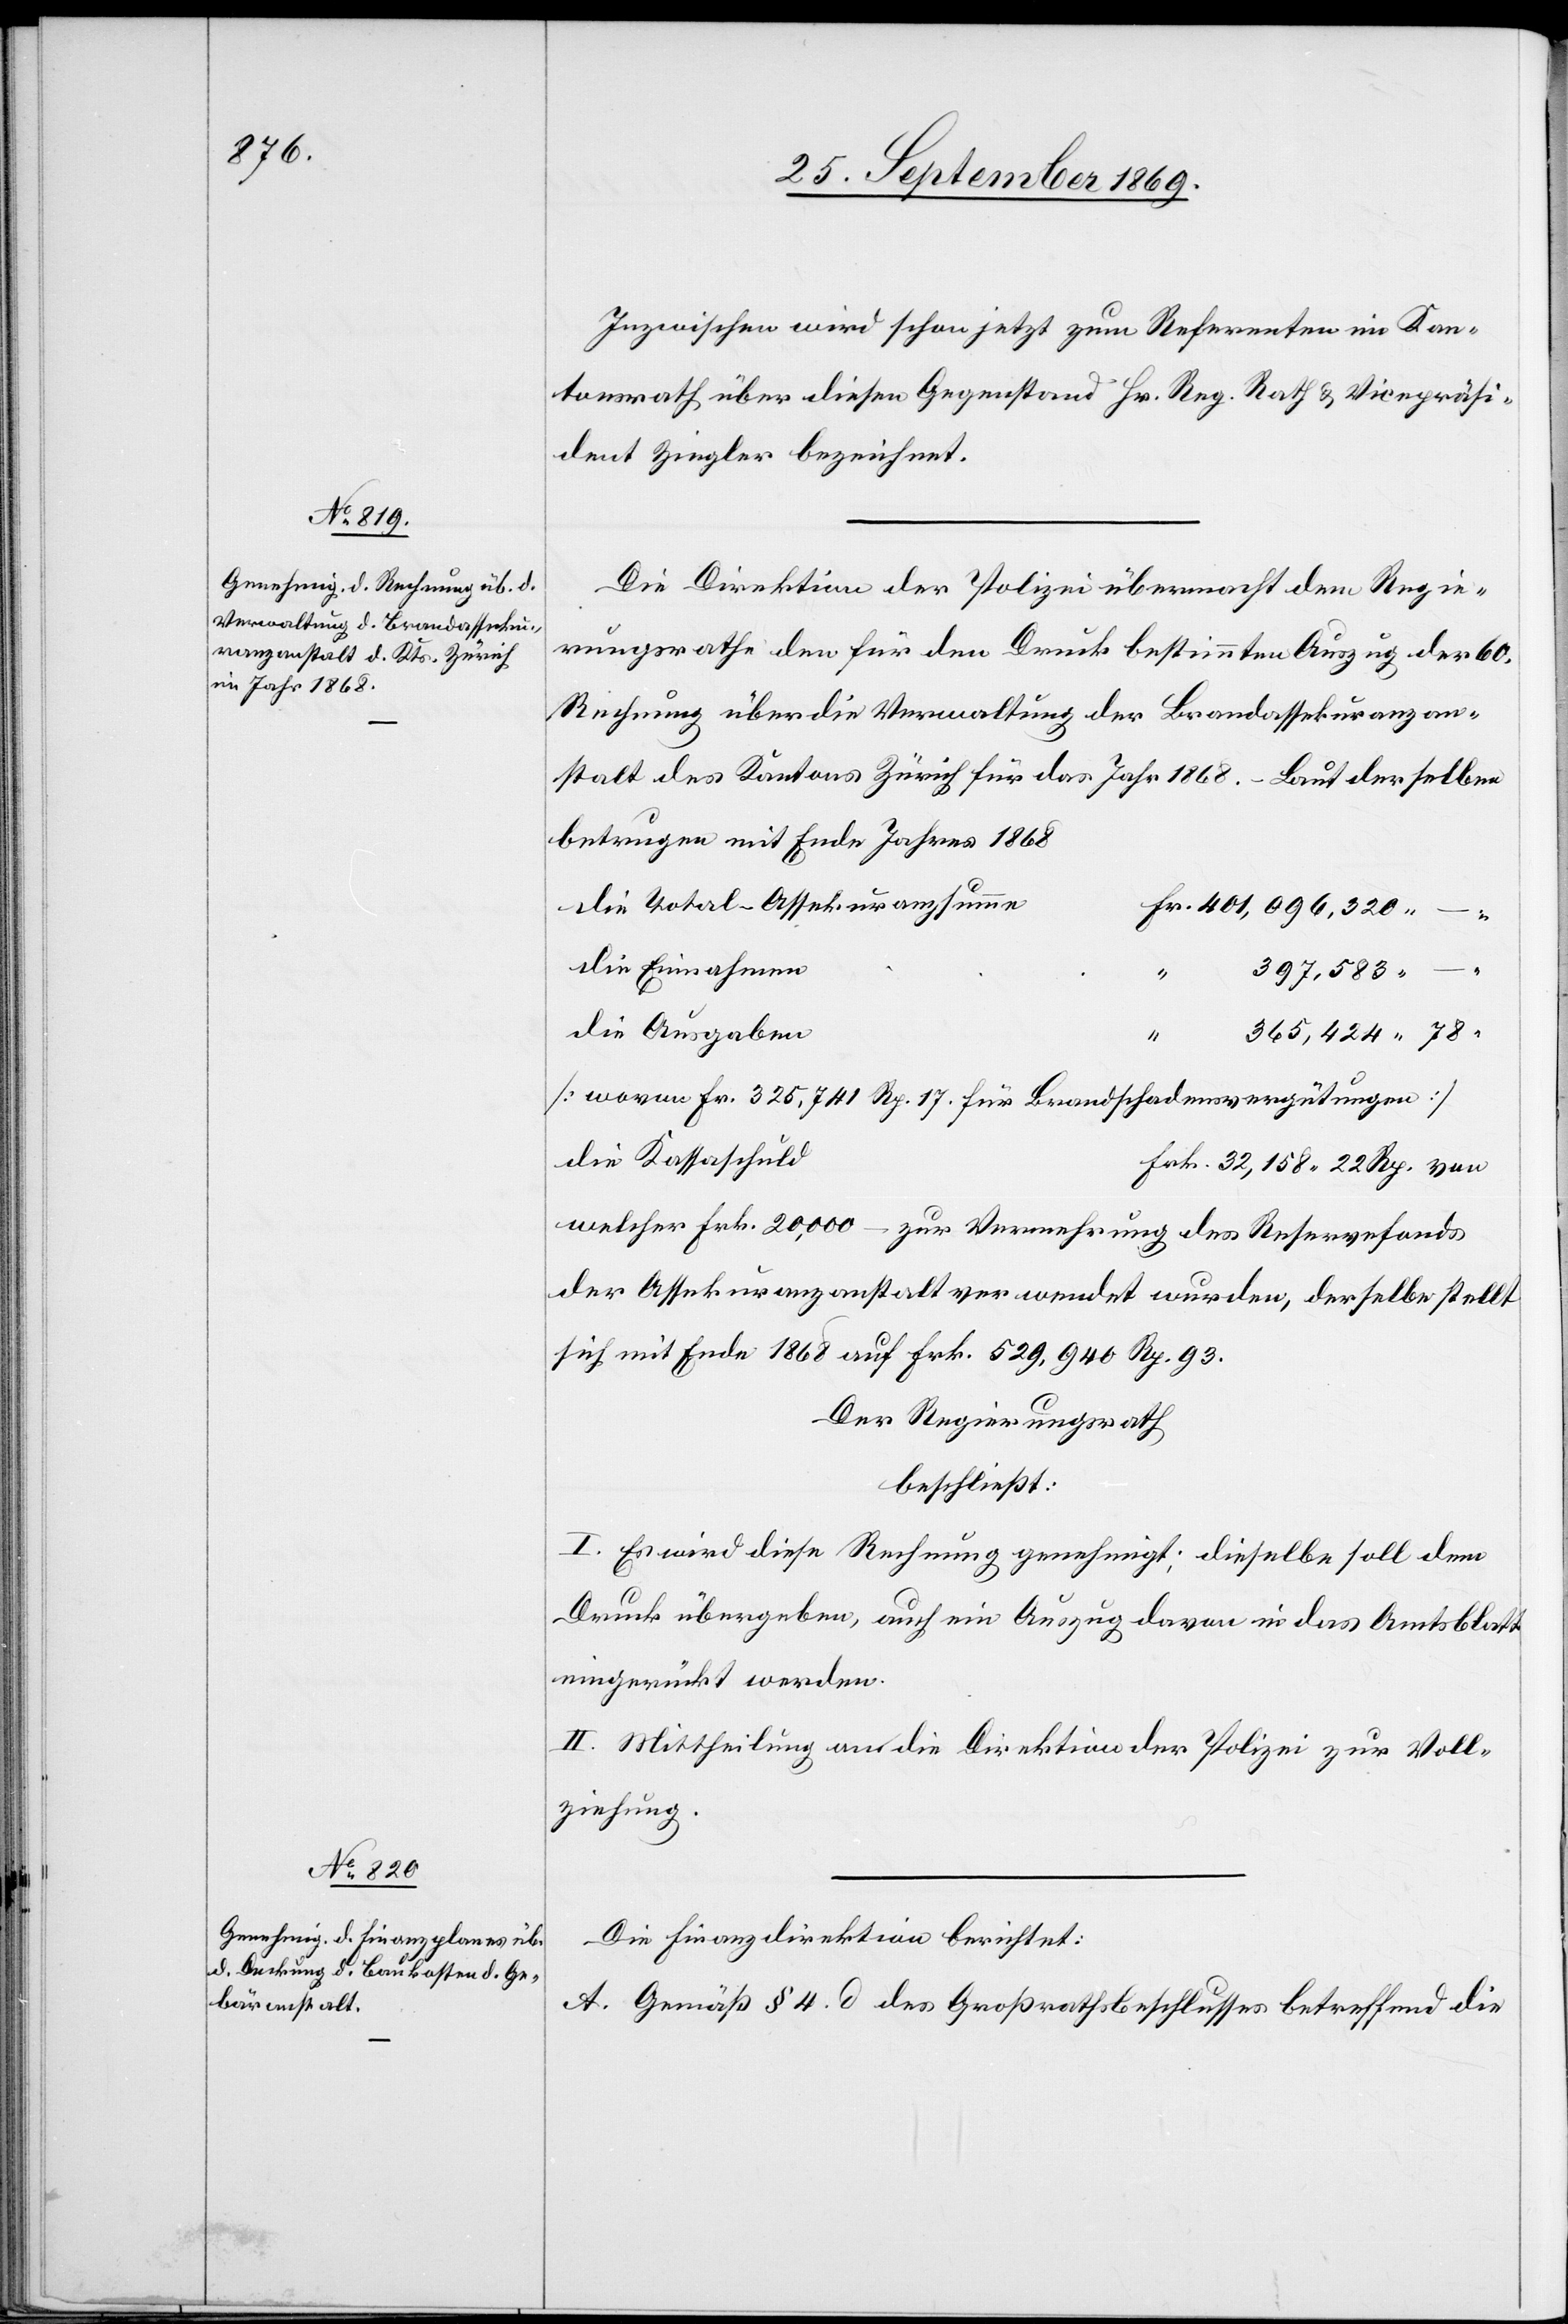
Inzwischen wird schon jetzt zum Referenten im Kan¬
tonsrath über diesen Gegenstand Hr. Reg. Rath & Vicepräsi¬
dent Ziegler bezeichnet.
Die Direktion der Polizei übermacht dem Regie¬
rungsrathe den für den Druck bestimmten Auszug der 60.
Rechnung über die Verwaltung der Brandassekuranzan¬
stalt des Kantons Zürich für das Jahr 1868. – Laut derselben
betrugen mit Ende Jahres 1868
die Total-Assekuranzsumme
die Einnahmen
– zur
rvefonds
397,583
die Ausgaben
365,424 78
Rese¬
[wovon Fr. 325,741 Rp. 17. für Brandschadensvergütungen]
die Kassaschuld
der Assekuranzanstalt verwendet wurden, derselbe stellt
sich mit Ende 1868 auf Frk. 529,940 Rp. 93.
Der Regierungsrath
beschließt:
I. Es wird diese Rechnung genehmigt; dieselbe soll dem
Druck übergeben, auch ein Auszug davon in das Amtsblatt
eingerückt werden.
II. Mittheilung an die Direktion der Polizei zur Voll¬
ziehung.
Die Finanzdirektion berichtet:
A. Gemäß § 4. d des Großrathsbeschlusses betreffend die